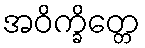
အဝိက္ခိတ္တေ